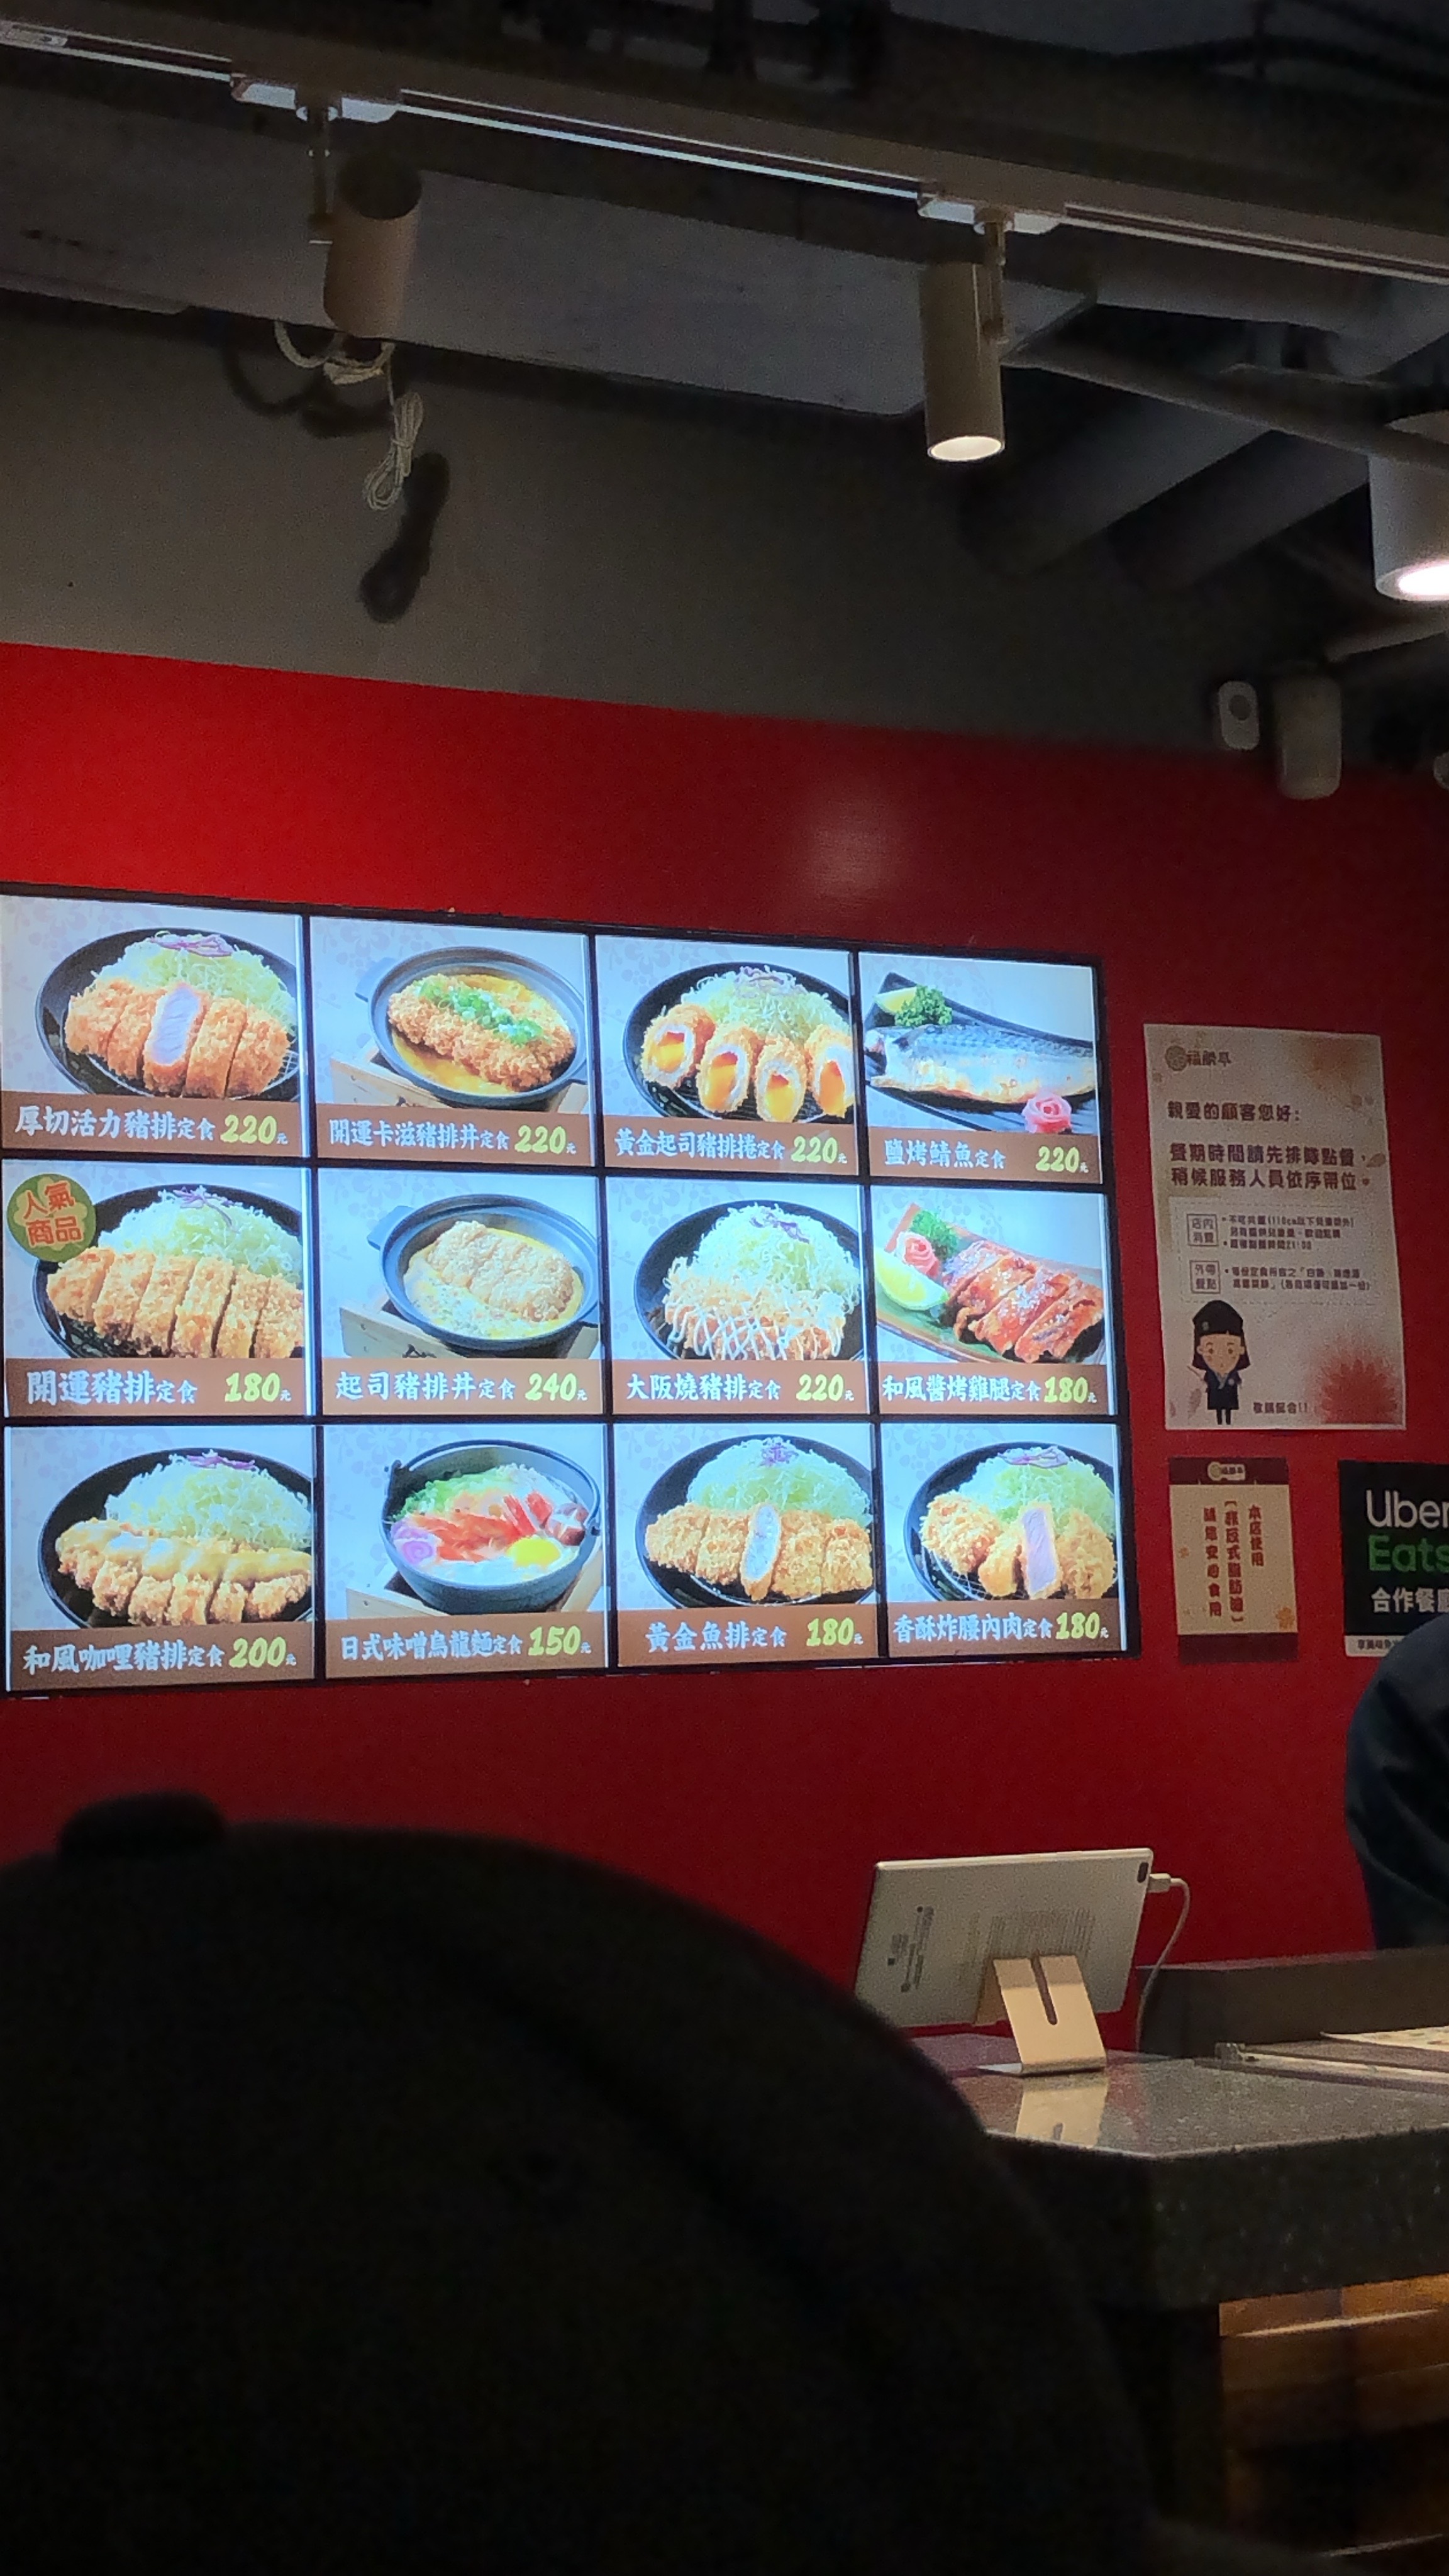
餐廳：福豚屋
菜單：
name: 厚切活力豬排定食
price: 220
name: 開運卡滋豬排丼
price: 220
name: 黃金起司豬排定食
price: 220
name: 鹽烤鯖魚定食
price: 220
name: 開運豬排定食
price: 180
name: 起司豬排丼定食
price: 240
name: 大阪燒豬排定食
price: 220
name: 和風醬烤雞腿定食
price: 180
name: 和風咖哩豬排定食
price: 200
name: 日式味噌烏龍麵
price: 150
name: 黃金魚排定食
price: 180
name: 香酥炸腿肉定食
price: 180